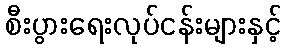
စီးပွားရေးလုပ်ငန်းများနှင့်